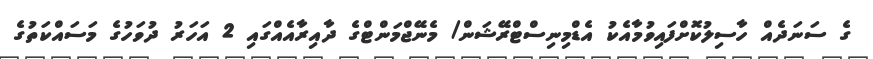
ގެ ސަނަދެއް ހާސިލުކޮށްފައިވުމާއެކު އެޑްމިނިސްޓްރޭޝަން/ މެނޭޖްމަންޓްގެ ދާއިރާއެއްގައި 2 އަހަރު ދުވަހުގެ މަސައްކަތުގެ